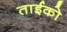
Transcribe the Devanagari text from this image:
ताईको